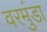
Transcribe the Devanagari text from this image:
वरमुंडा